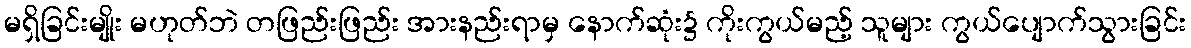
မရှိခြင်းမျိုး မဟုတ်ဘဲ တဖြည်းဖြည်း အားနည်းရာမှ နောက်ဆုံး၌ ကိုးကွယ်မည့် သူများ ကွယ်ပျောက်သွားခြင်း